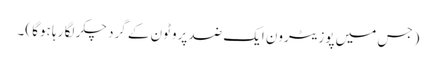
(جس میں پوزیٹرون ایک ضد پروٹون کے گرد چکر لگا رہا ہوگا )۔